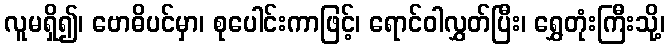
လူမရှိ၍၊ ဗောဓိပင်မှာ၊ စုပေါင်းကာဖြင့်၊ ရောင်ဝါလွှတ်ပြီး၊ ရွှေတုံးကြီးသို့၊